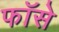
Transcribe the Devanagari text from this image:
फॉसे